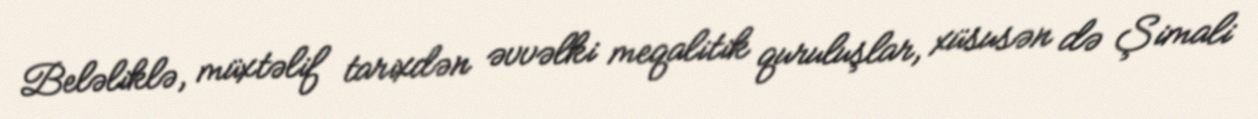
Beləliklə, müxtəlif tarixdən əvvəlki meqalitik quruluşlar, xüsusən də Şimali